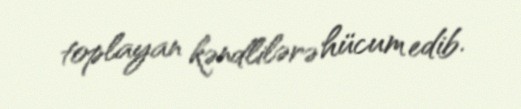
toplayan kəndlilərə hücum edib.